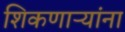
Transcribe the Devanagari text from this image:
शिकणाऱ्यांना